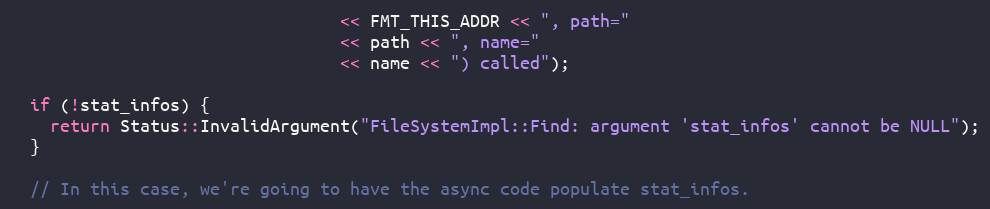
Language: C++
                                 << FMT_THIS_ADDR << ", path="
                                 << path << ", name="
                                 << name << ") called");

  if (!stat_infos) {
    return Status::InvalidArgument("FileSystemImpl::Find: argument 'stat_infos' cannot be NULL");
  }

  // In this case, we're going to have the async code populate stat_infos.